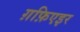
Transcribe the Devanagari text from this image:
ग़फ़िएइर